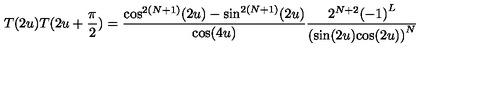
T ( 2 u ) T ( 2 u + \frac { \pi } { 2 } ) = \frac { { \cos } ^ { 2 ( N + 1 ) } ( 2 u ) - { \sin } ^ { 2 ( N + 1 ) } ( 2 u ) } { \cos ( 4 u ) } \frac { 2 ^ { N + 2 } { ( - 1 ) } ^ { L } } { ( { { \sin } ( 2 u ) { \cos } ( 2 u ) ) } ^ { N } }